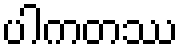
ပါကတဿ